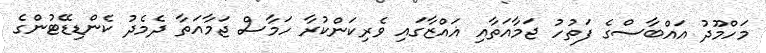
މަހްމޫދު އައްބާސްގެ ފަތުހު ޖަމާއަތާއި ޣައްޒާގައި ވެރިކަންކުރާ ހަމާސް ޖަމާއަތާ ދެމެދު ކެންޑިޑޭޓުންގެ